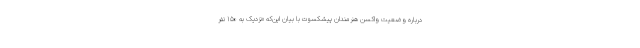
درباره وضعیت واکسن هنرمندان پیشکسوت با بیان این‌که «نزدیک به ۱۵۰ نفر